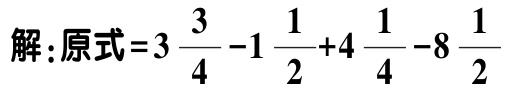
解：原式\(=3\frac{3}{4}-1\frac{1}{2}+4\frac{1}{4}-8\frac{1}{2}\)